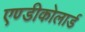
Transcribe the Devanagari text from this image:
एण्डीकोलार्ड